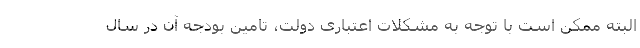
البته ممکن است با توجه به مشکلات اعتباری دولت، تامین بودجه آن در سال